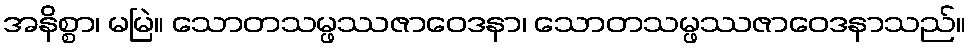
အနိစ္စာ၊ မမြဲ။ သောတသမ္ဖဿဇာဝေဒနာ၊ သောတသမ္ဖဿဇာဝေဒနာသည်။